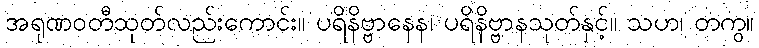
အရုဏဝတီသုတ်လည်းကောင်း။ ပရိနိဗ္ဗာနေန၊ ပရိနိဗ္ဗာနသုတ်နှင့်။ သဟ၊ တကွ။